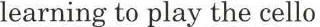
learning to play the cello